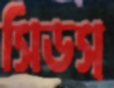
সিডস্